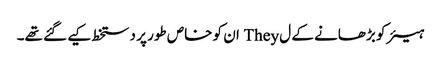
ہیئر کو بڑھانے کے ل They ان کو خاص طور پر دستخط کیے گئے تھے۔